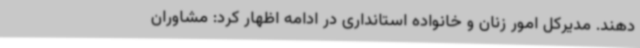
دهند. مدیرکل امور زنان و خانواده استانداری در ادامه اظهار کرد: مشاوران